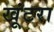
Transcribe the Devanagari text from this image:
खूंटरा